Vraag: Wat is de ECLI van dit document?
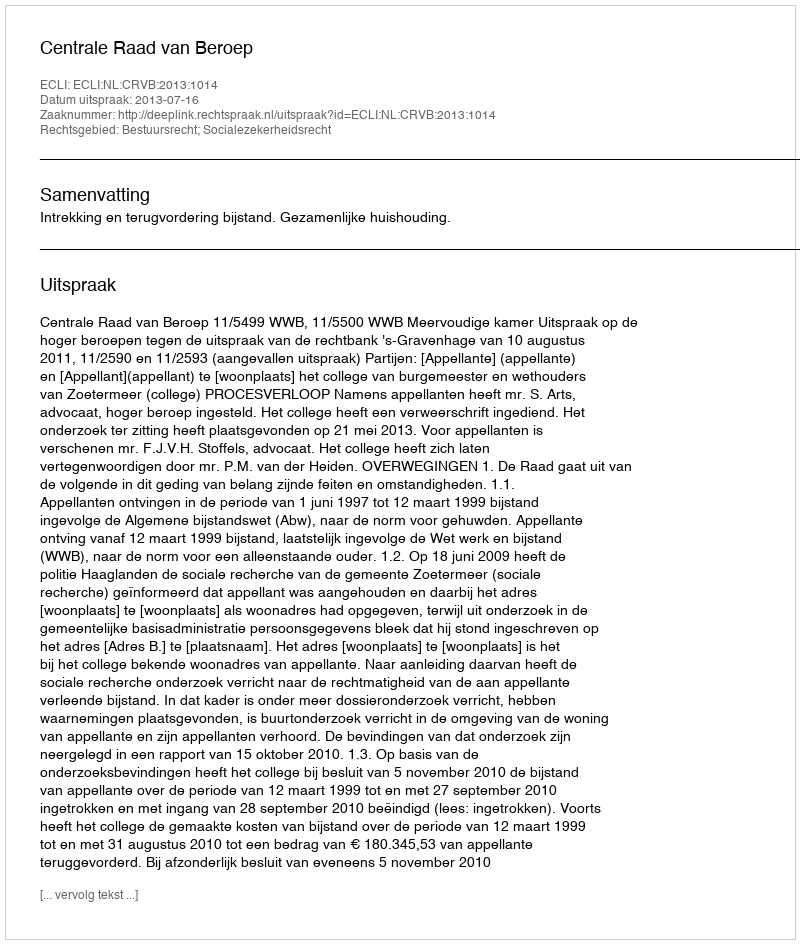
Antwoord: ECLI:NL:CRVB:2013:1014